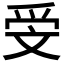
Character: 𣁍